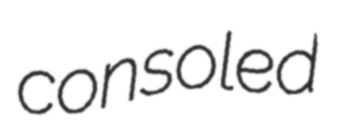
consoled